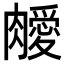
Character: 𦡝